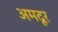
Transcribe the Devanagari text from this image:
अमदूर